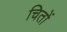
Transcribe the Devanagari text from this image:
चितों